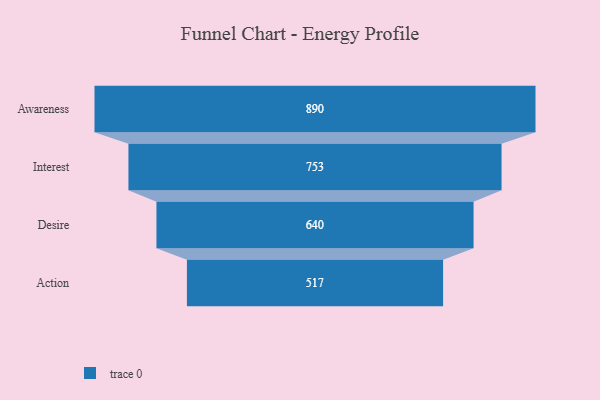
{"axis": {"x": "Stage", "y": "Value"}, "legend": [""], "data": [{"x": "Awareness", "y": 890.0, "type": ""}, {"x": "Interest", "y": 753.0, "type": ""}, {"x": "Desire", "y": 640.0, "type": ""}, {"x": "Action", "y": 517.0, "type": ""}]}